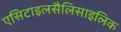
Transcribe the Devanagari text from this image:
एसिटाइलसैलिसाइलिक